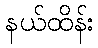
နယ်ထိန်း